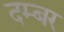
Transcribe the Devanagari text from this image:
दम्बर